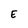
Character: E